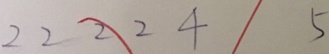
2 2 2 2 4 5